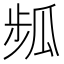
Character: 𤫻